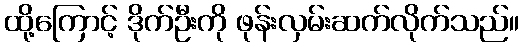
ထို့ကြောင့် ဒိုက်ဦးကို ဖုန်းလှမ်းဆက်လိုက်သည်။